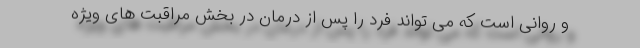
و روانی است که می تواند فرد را پس از درمان در بخش مراقبت های ویژه